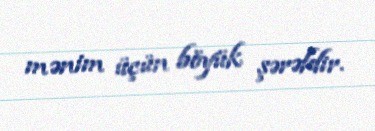
mənim üçün böyük şərəfdir.